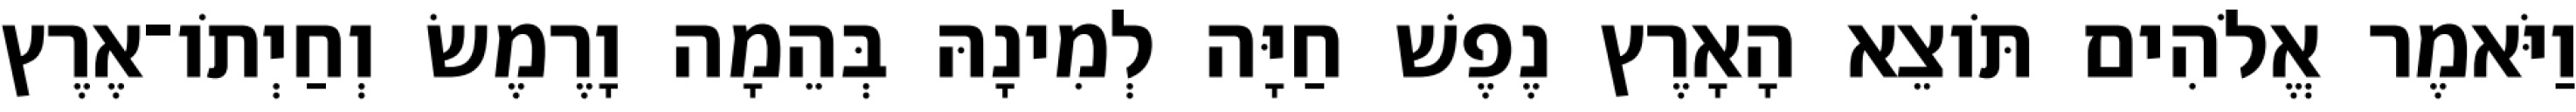
וַיֹּאמֶר אֱלֹהִים תֹּוצֵא הָאָרֶץ נֶפֶשׁ חַיָּה לְמִינָהּ בְּהֵמָה וָרֶמֶשׂ וְחַיְתֹו־אֶרֶץ